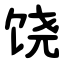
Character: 饶